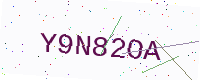
Text: Y9N82OA